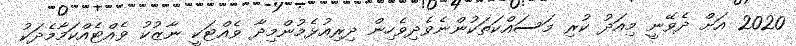
2020 އަށް ދެވޭނީ މިއަދު ކުރި މަސައްކަތަކުންނެވެދިވެހިން ދިރިއުޅެމުންމިދާ ވެއްޓަކީ ނާޒުކު ވެއްޓެއްކަމާމެދަކު